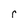
Character: r